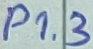
Text: P1.3